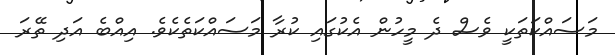
މަސައްކަތަކީ ވެސް ދެ މީހުން އެކުގައި ކުރާ މަސައްކަތެކެވެ. އިއްބެ އަދި ތޭރަ